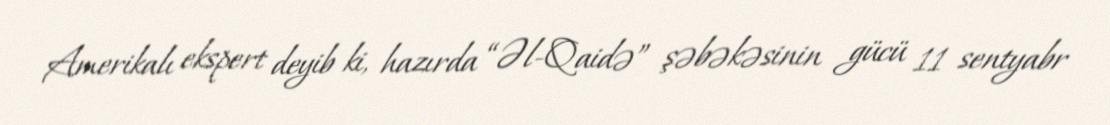
Amerikalı ekspert deyib ki, hazırda “Əl-Qaidə” şəbəkəsinin gücü 11 sentyabr